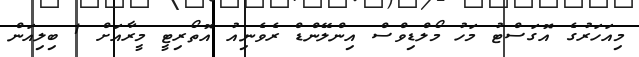
މިއަހަރުގެ އޮގަސްޓު މަހު މޯލްޑިވްސް އިންލޭންޑް ރެވެނިއު އޮތޯރިޓީ މީރާއަށް 1 ބިލިއަން